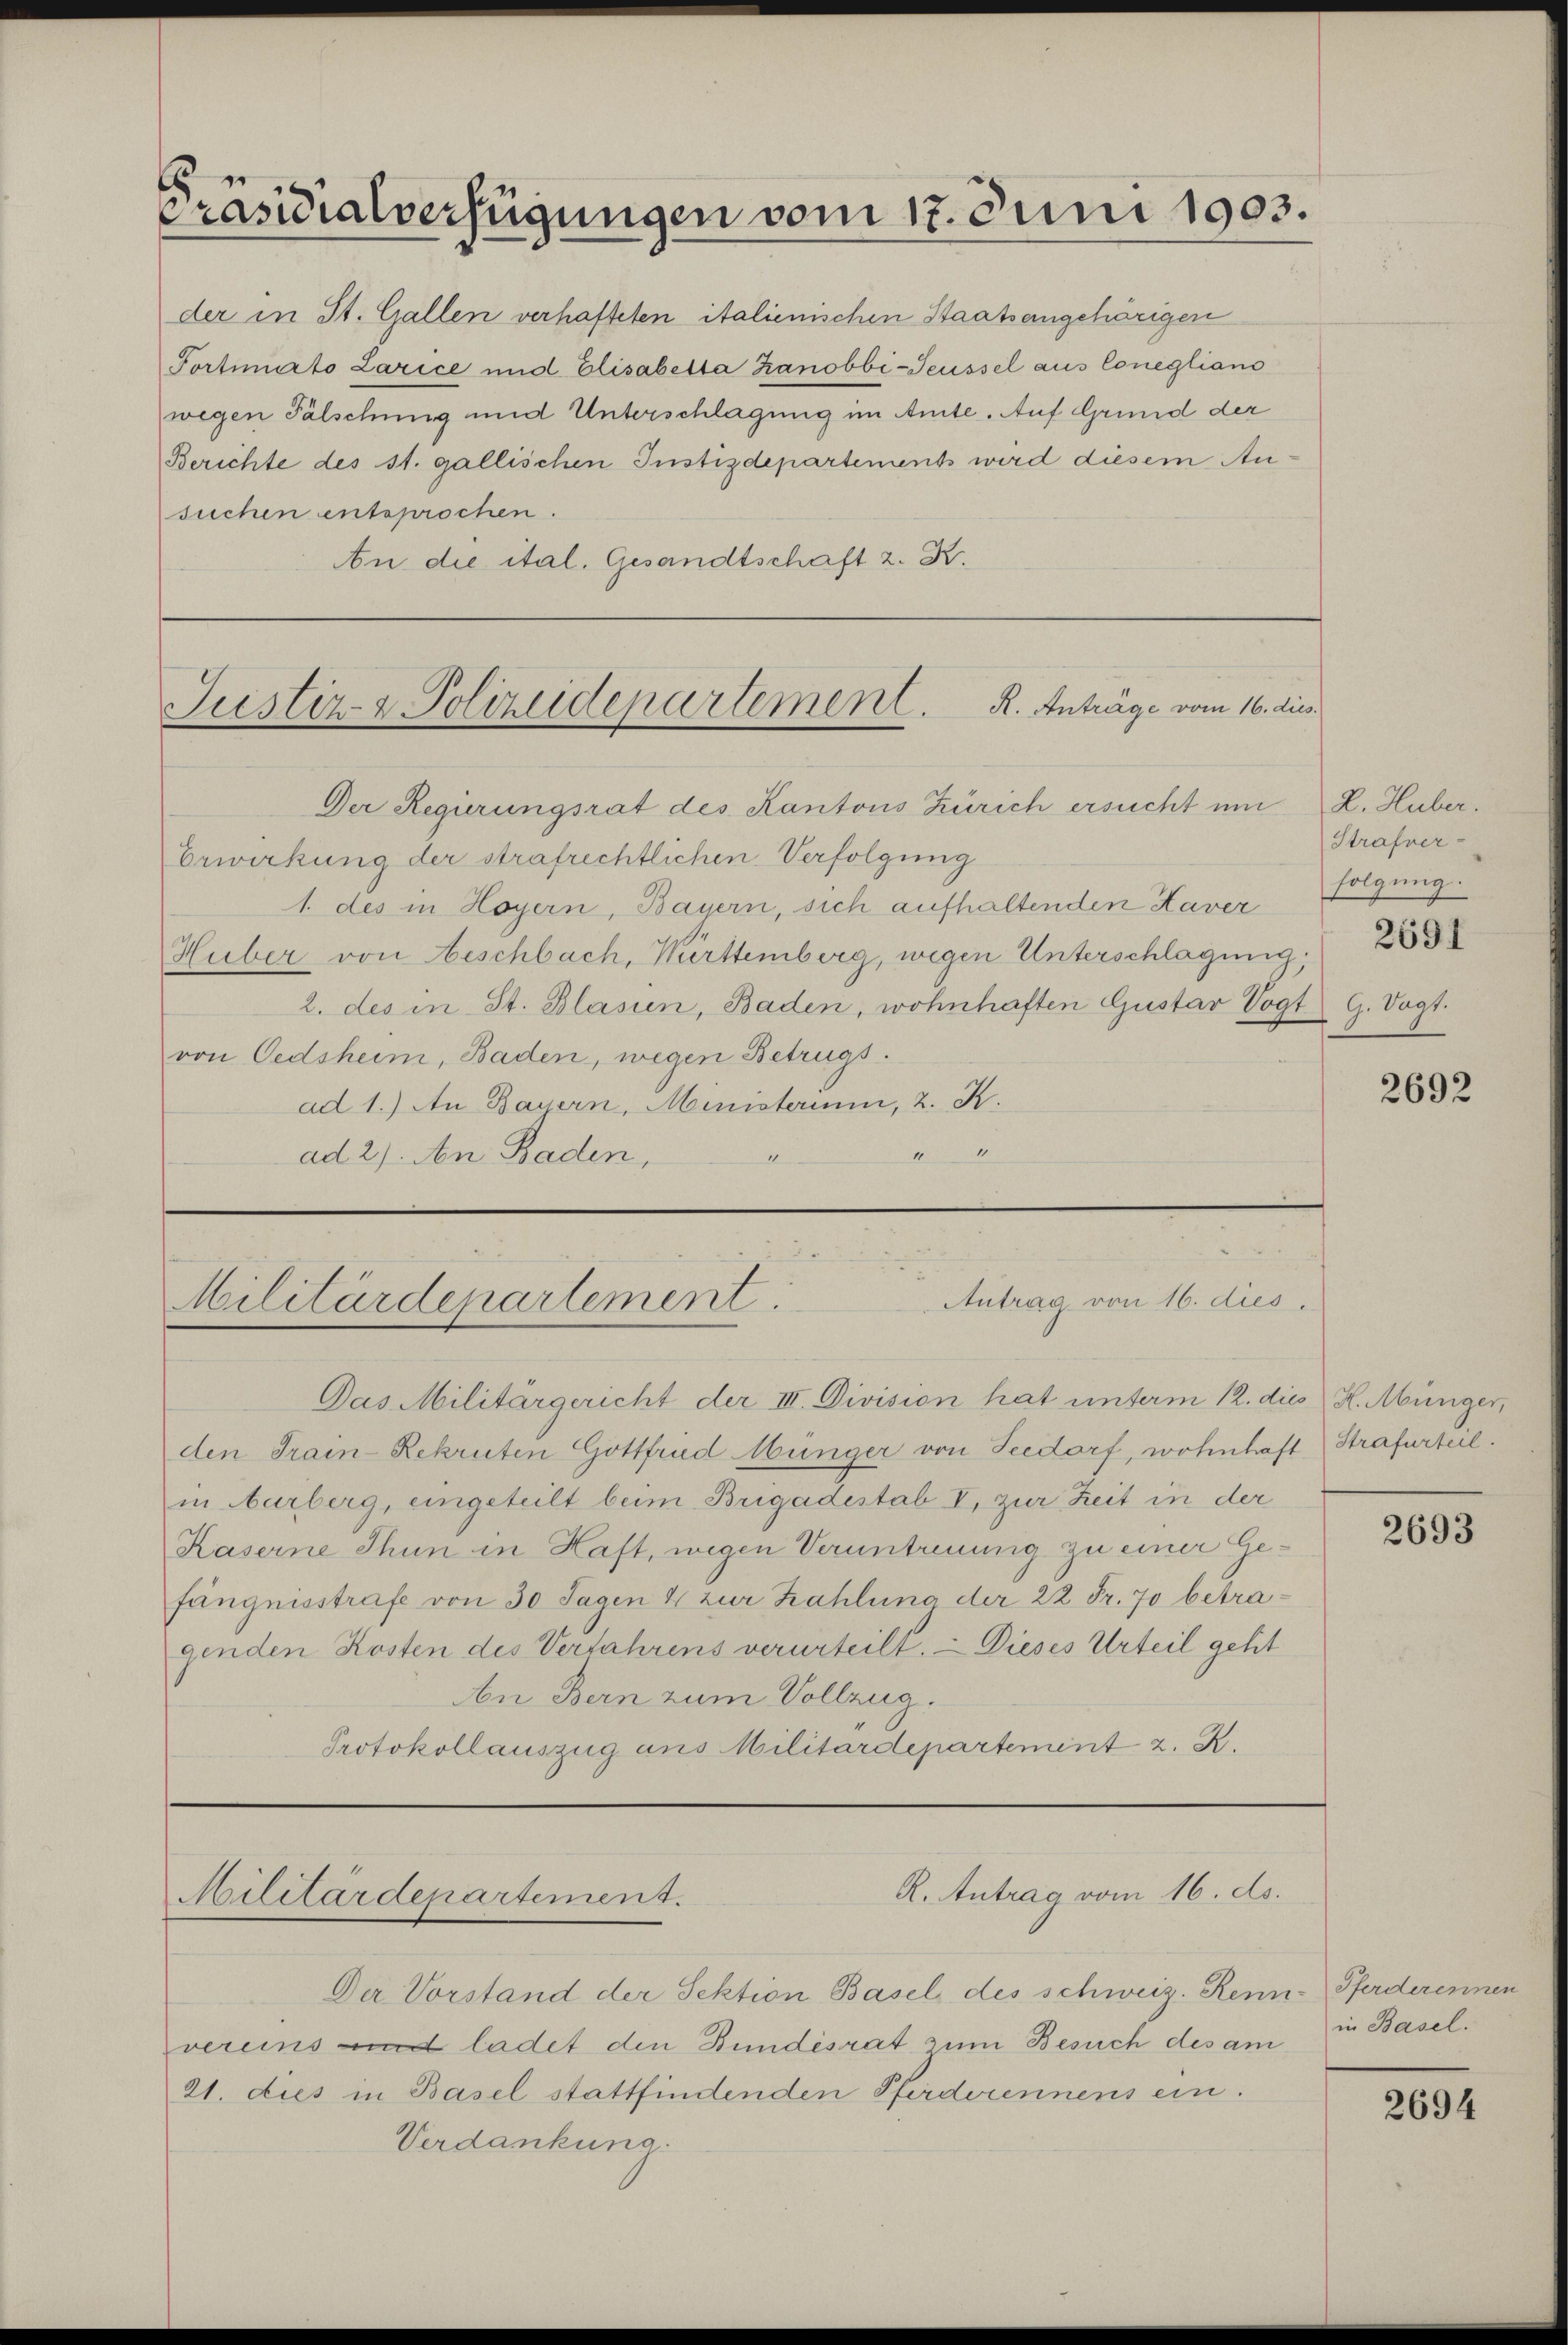
Präsidialverfügungen vom 17. Juni 1903.

Portimrto Larice und Elisabetta hanobbi-Teüssel aus Coneglians
wegen Fälschung und Unterschlagung im Amte. Auf Grund der
Berichte des st. gallischen Justizdepartements wird diesem Ausuchen entsprochen.
An die ital. Gesandtschaft z. B.

der in St. Gallen verhafteten italienischen Staatseingehörigen

R. Anträge vom 16. dies
Justiz- & Polizeidepartement.

Der Regierungsrat des Kantons Zürich ersucht um 2. Huber.
Erwirkung der strafrechtlichen Verfolgung
1. des in Hoyern, Bayern, sich aufhaltenden Kaver
Huber von beschbach, Württemberg, wegen Unterschlagung,
2. des in St. Blasin, Baden, wohnhaften Gustar Vogt G. Vogt.
von Oedsheim, Baden, wegen Betrugs.
ad 1.) An Bayern, Ministerium, 2. K.
4
ad 2. An Baden,

Antrag von 16. dies
Militärdepartement.

Das Militärgericht der III. Division hat unterm 12. dies H. Münger,
den Train-Rekruten Gottfrud Münger von Seedorf, wohnhaft Strafurteil.
in arberg, eingeteilt beim Brigadestab I, zur Zeit in der
Kaserne Thun in Haft, wegen Veruntreuung zu einer Gefängnisstrafe von 30 Tagen 4 zur Zahlung der 22 Fr. 70 betragenden Kosten des Verfahrens verurteilt. - Dieses Urteil geht
An Bern zum Vollzug.
Protokollauszug aus Militärdepartement z. B.

Militärdepartement.

R. Antrag vom 16. ds.

Der Vorstand der Sektion Basel des schweiz. Ren
vereins und ladet den Bundesrat zum Besuch des am
21. dies in Basel stattfindenden Pferderennens ein.
Verdankung.

Strafverfolgung.
2691

2692

2693

u. Pferderennen
in Basel.
.

2694